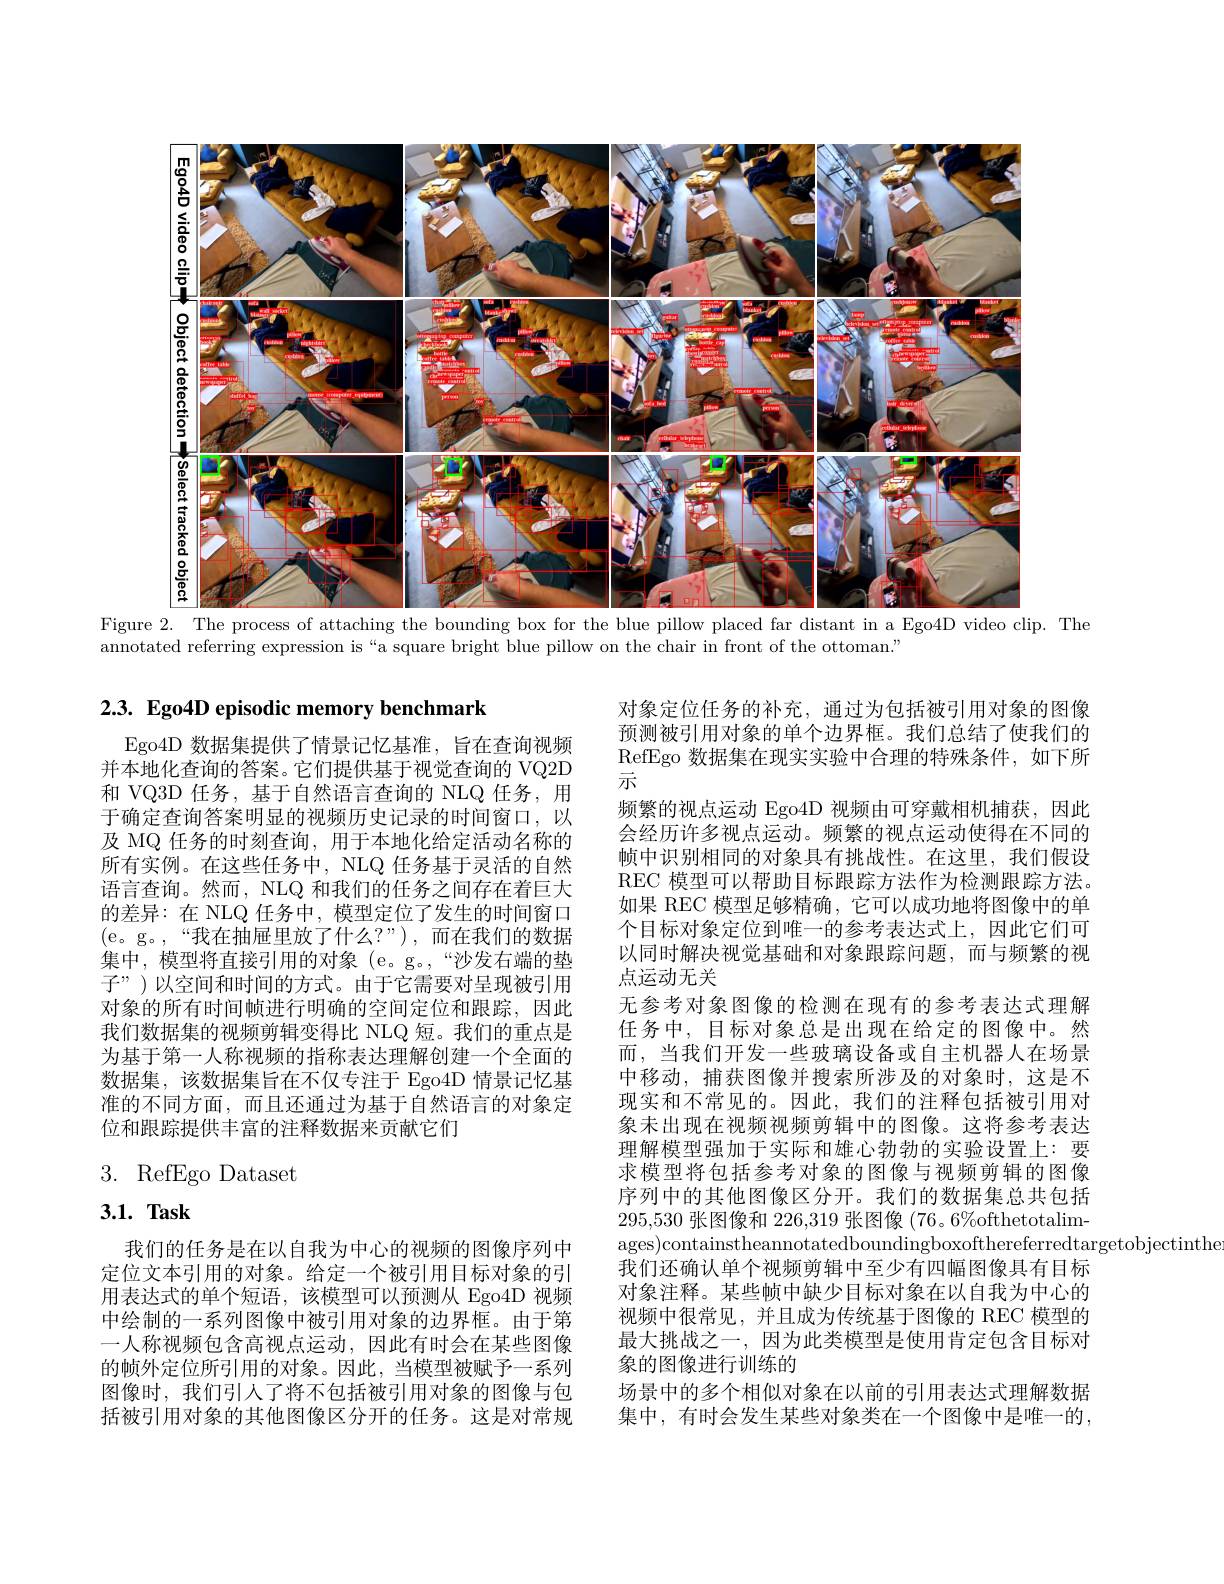
<FigureHere>
Figure 2. The process of attaching the bounding box for the blue pillow placed far distant in a Ego4D video clip. The

annotated referring expression is “a square bright blue pillow on the chair in front of the ottoman."

$2. 3. \textbf{ Ego4D episodic memory benchmark}$

Ego4D 数据集提供了情景记忆基准，旨在查询视频并本地化查询的答案。它们提供基于视觉查询的 VQ2D 和 VQ3D 任务，基于自然语言查询的 NLQ 任务，用于确定查询答案明显的视频历史记录的时间窗口，以及 MQ 任务的时刻查询，用于本地化给定活动名称的所有实例。在这些任务中，NLQ 任务基于灵活的自然语言查询。然而，NLQ 和我们的任务之间存在着巨大的差异：在 NLQ 任务中，模型定位了发生的时间窗口(e。g。,“我在抽屉里放了什么？”),而在我们的数据集中，模型将直接引用的对象(e。g。,“沙发右端的垫子”)以空间和时间的方式。由于它需要对呈现被引用对象的所有时间帧进行明确的空间定位和跟踪，因此我们数据集的视频剪辑变得比 NLQ 短。我们的重点是为基于第一人称视频的指称表达理解创建一个全面的数据集，该数据集旨在不仅专注于 Ego4D 情景记忆基准的不同方面，而且还通过为基于自然语言的对象定位和跟踪提供丰富的注释数据来贡献它们

对象定位任务的补充，通过为包括被引用对象的图像预测被引用对象的单个边界框。我们总结了使我们的RefEgo 数据集在现实实验中合理的特殊条件，如下所示
频繁的视点运动 Ego4D 视频由可穿戴相机捕获，因此会经历许多视点运动。频繁的视点运动使得在不同的帧中识别相同的对象具有挑战性。在这里，我们假设REC 模型可以帮助目标跟踪方法作为检测跟踪方法。如果 REC 模型足够精确，它可以成功地将图像中的单个目标对象定位到唯一的参考表达式上，因此它们可以同时解决视觉基础和对象跟踪问题，而与频繁的视点运动无关
无参考对象图像的检测在现有的参考表达式理解任务中，目标对象总是出现在给定的图像中。然而，当我们开发一些玻璃设备或自主机器人在场景中移动，捕获图像并搜索所涉及的对象时，这是不现实和不常见的。因此，我们的注释包括被引用对象未出现在视频视频剪辑中的图像。这将参考表达理解模型强加于实际和雄心勃勃的实验设置上：要求模型将包括参考对象的图像与视频剪辑的图像序列中的其他图像区分开。我们的数据集总共包括295,530张图像和 226,319 张图像 (76。6%ofthetotalimages)containstheannotatedboundingboxofthereferredtargetobjectinthe
我们还确认单个视频剪辑中至少有四幅图像具有目标对象注释。某些帧中缺少目标对象在以自我为中心的视频中很常见，并且成为传统基于图像的 REC 模型的最大挑战之一，因为此类模型是使用肯定包含目标对象的图像进行训练的
场景中的多个相似对象在以前的引用表达式理解数据集中，有时会发生某些对象类在一个图像中是唯一的，

## 3. RefEgo Dataset

# $3. 1. \textbf{ Task}$

我们的任务是在以自我为中心的视频的图像序列中定位文本引用的对象。给定一个被引用目标对象的引用表达式的单个短语，该模型可以预测从 Ego4D 视频中绘制的一系列图像中被引用对象的边界框。由于第一人称视频包含高视点运动，因此有时会在某些图像的帧外定位所引用的对象。因此，当模型被赋予一系列图像时，我们引人了将不包括被引用对象的图像与包括被引用对象的其他图像区分开的任务。这是对常规